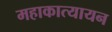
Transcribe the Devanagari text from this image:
महाकात्यायन